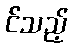
င်သည့်